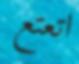
اتعتع